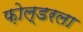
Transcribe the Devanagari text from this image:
फ़ोल्डरला